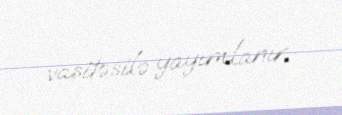
vasitəsilə yayımlanır.